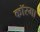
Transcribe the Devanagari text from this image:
कॉरमा